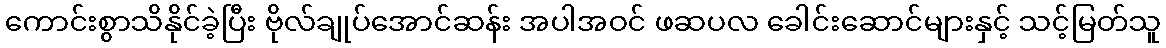
ကောင်းစွာသိနိုင်ခဲ့ပြီး ဗိုလ်ချုပ်အောင်ဆန်း အပါအဝင် ဖဆပလ ခေါင်းဆောင်များနှင့် သင့်မြတ်သူ